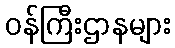
ဝန်ကြီးဌာနများ